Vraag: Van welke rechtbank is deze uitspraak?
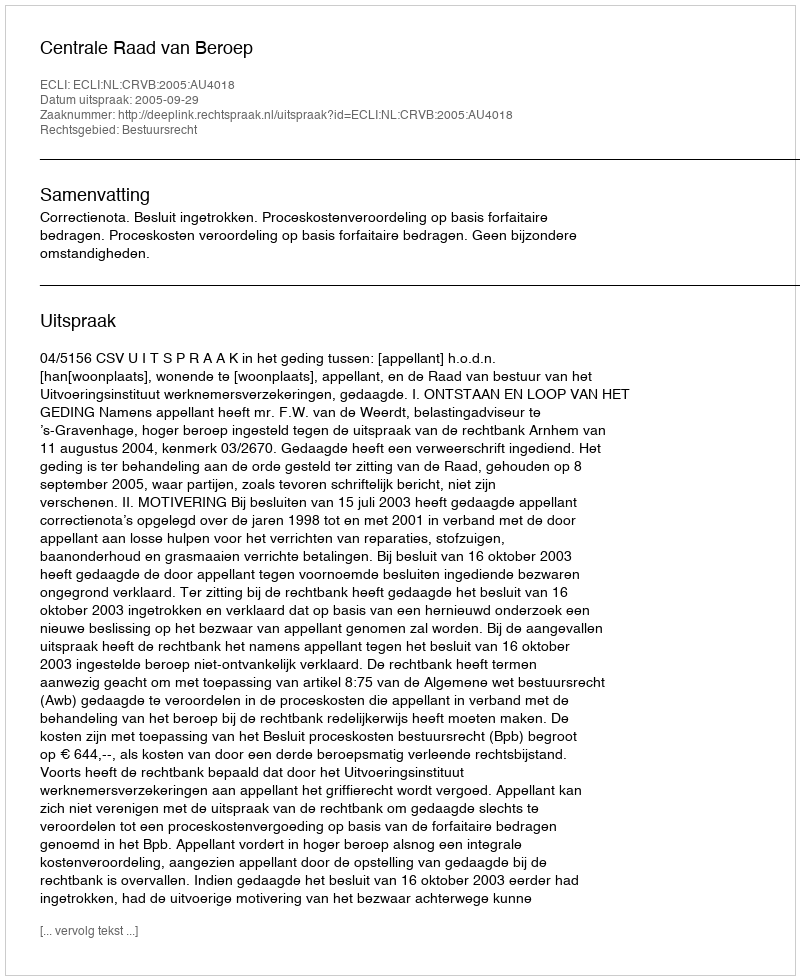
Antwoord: Centrale Raad van Beroep